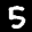
Digit: 5